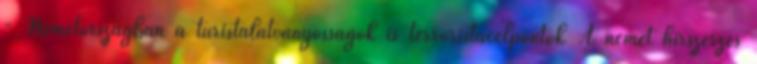
- Németországban a turistalátványosságok is terroristacélpontok A német hírszerzés